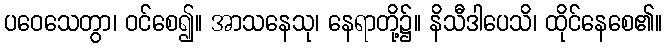
ပဝေသေတွာ၊ ဝင်စေ၍။ အာသနေသု၊ နေရာတို့၌။ နိသီဒါပေသိ၊ ထိုင်နေစေ၏။